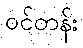
ဝင်တန်း